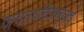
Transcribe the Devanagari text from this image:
जगतपवित्रम्बुलाई